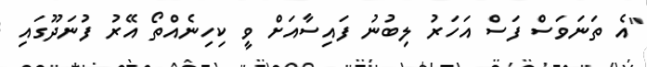
"އެ ތަނަވަސް ފަސް އަހަރު ލިބުނު ފައިސާއަށް ވީ ކިހިނެއްތޯ އޭރު ފުނަދޫގައި